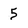
Character: 5